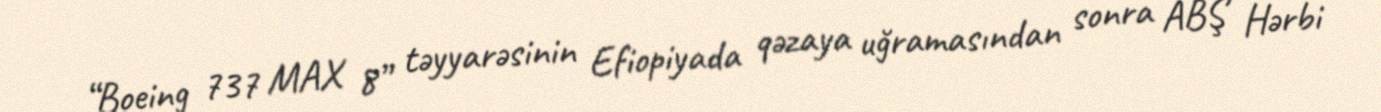
“Boeing 737 MAX 8” təyyarəsinin Efiopiyada qəzaya uğramasından sonra ABŞ Hərbi